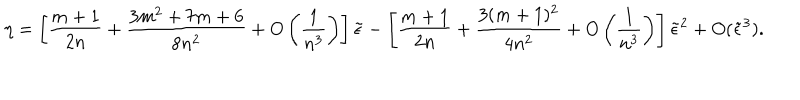
LaTeX: \eta = \left[ { \frac { m + 1 } { 2 n } } + { \frac { 3 m ^ { 2 } + 7 m + 6 } { 8 n ^ { 2 } } } + O \left( { \frac { 1 } { n ^ { 3 } } } \right) \right] \tilde { \epsilon } - \left[ { \frac { m + 1 } { 2 n } } + { \frac { 3 ( m + 1 ) ^ { 2 } } { 4 n ^ { 2 } } } + O \left( { \frac { 1 } { n ^ { 3 } } } \right) \right] \tilde { \epsilon } ^ { 2 } + O ( \tilde { \epsilon } ^ { 3 } ) .